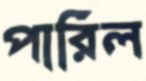
পারিল